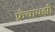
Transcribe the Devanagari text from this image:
फ्रँचायझी